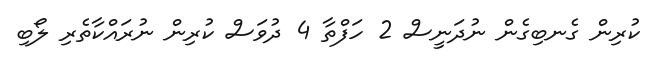
ކުރިން ގެނބިގެން ނުދަަނީސް 2 ހަފްތާ 4 ދުވަސް ކުރިން ނުރަައްކާާތެރި ލޯބި